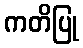
ကတိပြု